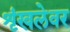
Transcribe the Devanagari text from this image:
शृंखलेवर